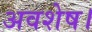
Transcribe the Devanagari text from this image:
अवशेष।